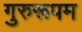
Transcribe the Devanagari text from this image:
गुरुरूपम